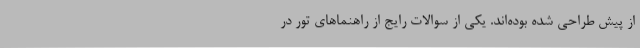
از پیش طراحی شده بوده‌اند. یکی از سوالات رایج از راهنما‌های تور در